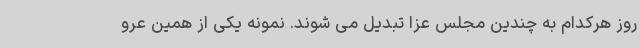
روز هرکدام به چندین مجلس عزا تبدیل می شوند. نمونه یکی از همین عرو